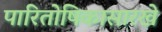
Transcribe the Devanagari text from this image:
पारितोषिकासारखे